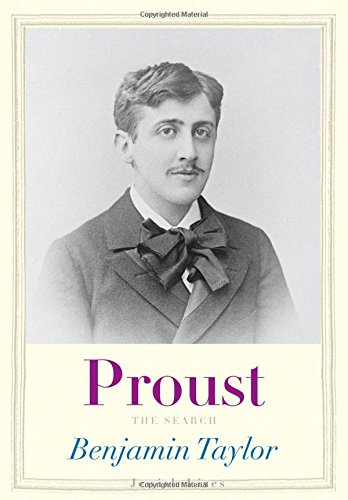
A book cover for Proust: The Search (Jewish Lives); Benjamin Taylor; Literature & Fiction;